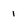
Character: 1